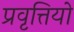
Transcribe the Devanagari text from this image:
प्रवृत्तियो